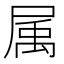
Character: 属